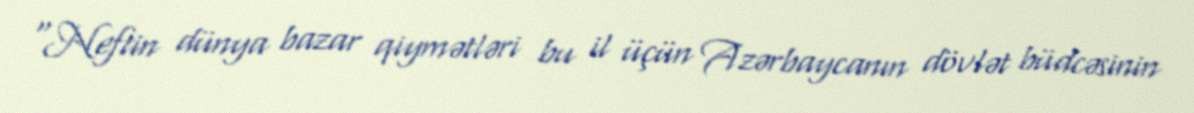
“Neftin dünya bazar qiymətləri bu il üçün Azərbaycanın dövlət büdcəsinin